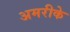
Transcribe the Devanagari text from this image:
अमरीके